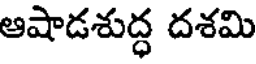
ఆషాడశుద్ధ దశమి